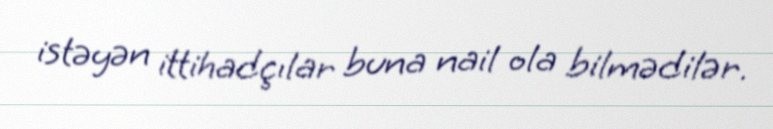
istəyən ittihadçılar buna nail ola bilmədilər.